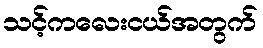
သင့်ကလေးငယ်အတွက်